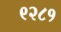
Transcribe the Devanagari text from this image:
९२८१